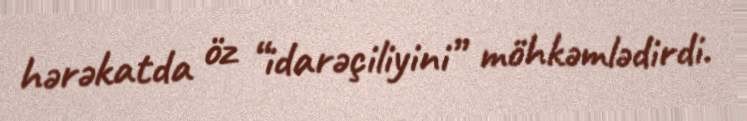
hərəkatda öz “idarəçiliyini” möhkəmlədirdi.